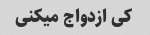
کی ازدواج میکنی